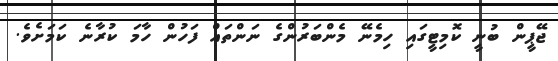
ޖޭޕީން ބުނީ ކޮމިޓީގައި ހިމެނޭ މެންބަރުންގެ ނަންތައް ފަހުން ހާމަ ކުރާނެ ކަމަށެވެ.